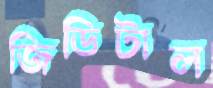
জিডিটাল